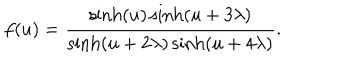
f ( u ) = \frac { \sinh ( u ) \sinh ( u + 3 \lambda ) } { \sinh ( u + 2 \lambda ) \sinh ( u + 4 \lambda ) } .